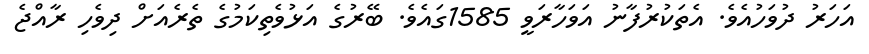
އަހަރު ދުވަހުއެވެ. އެތަކުރުފާނު އަވަހާރަވީ 1585ގައެވެ. ބޭރުގެ އަޅުވެތިކަމުގެ ތެރެއަށް ދިވެހި ރާއްޖެ